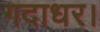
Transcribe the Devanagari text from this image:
गदाधर।